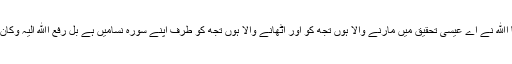
اذقال اﷲ یعےسے افی متو فےک ورافعک الی یعنی جس وقت کہا اﷲ نے اے عیسی تحقیق میں مارنے والا ہوں تجھ کو اور اٹھانے والا ہوں تجھ کو طرف اپنے سورہ نسامیں ہے بل رفع اﷲ الیہ وکان اﷲ عزیز اًحکیماً اٹھا لیا اس (مسیح ) کو طرف اپنے اور اﷲ ہے۔